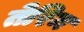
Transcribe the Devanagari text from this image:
तेरिम